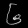
Digit: ၆